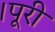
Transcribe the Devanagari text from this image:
।पूरी